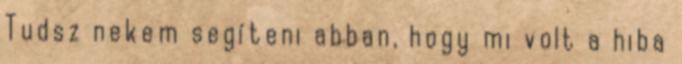
Tudsz nekem segíteni abban, hogy mi volt a hiba